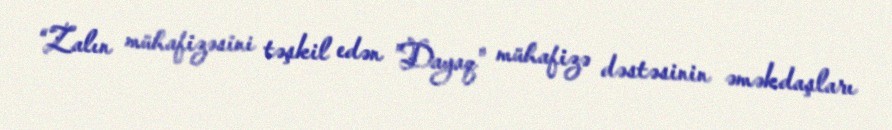
“Zalın mühafizəsini təşkil edən ”Dayaq" mühafizə dəstəsinin əməkdaşları